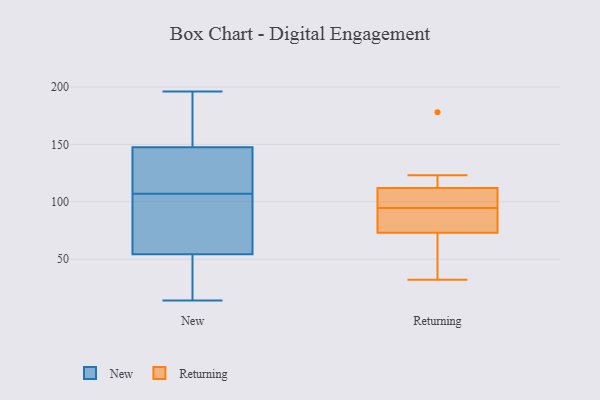
{"axis": {"x": "Budget (USD K)", "y": "Value"}, "legend": ["New", "Returning"], "data": [{"x": "", "y": 107, "type": "New"}, {"x": "", "y": 33, "type": "New"}, {"x": "", "y": 164, "type": "New"}, {"x": "", "y": 196, "type": "New"}, {"x": "", "y": 24, "type": "New"}, {"x": "", "y": 190, "type": "New"}, {"x": "", "y": 58, "type": "New"}, {"x": "", "y": 75, "type": "New"}, {"x": "", "y": 14, "type": "New"}, {"x": "", "y": 53, "type": "New"}, {"x": "", "y": 122, "type": "New"}, {"x": "", "y": 146, "type": "New"}, {"x": "", "y": 148, "type": "New"}, {"x": "", "y": 68, "type": "New"}, {"x": "", "y": 114, "type": "New"}, {"x": "", "y": 83, "type": "Returning"}, {"x": "", "y": 32, "type": "Returning"}, {"x": "", "y": 121, "type": "Returning"}, {"x": "", "y": 98, "type": "Returning"}, {"x": "", "y": 82, "type": "Returning"}, {"x": "", "y": 178, "type": "Returning"}, {"x": "", "y": 103, "type": "Returning"}, {"x": "", "y": 123, "type": "Returning"}, {"x": "", "y": 91, "type": "Returning"}, {"x": "", "y": 41, "type": "Returning"}, {"x": "", "y": 98, "type": "Returning"}, {"x": "", "y": 64, "type": "Returning"}]}